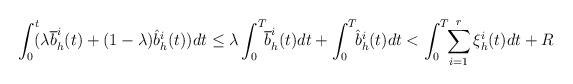
LaTeX: \begin{align*}\int_0^t\!\!(\lambda \overline{b}_h^i(t)+(1-\lambda)\hat{b}_h^i(t))dt\leq\lambda\int_0^T\!\!\overline{b}_h^i(t)dt+\int_0^T\!\!\hat{b}_h^i(t)dt<\int_0^T\!\!\sum_{i=1}^r\xi_h^i(t)dt+R\end{align*}